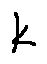
k